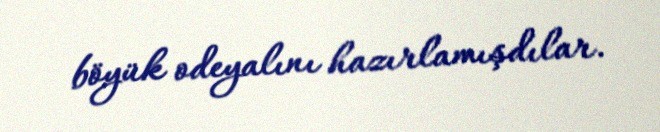
böyük odeyalını hazırlamışdılar.